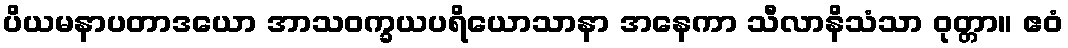
ပိယမနာပတာဒယော အာသဝက္ခယပရိယောသာနာ အနေကာ သီလာနိသံသာ ဝုတ္တာ။ ဧဝံ